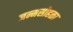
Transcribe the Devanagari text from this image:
जन्मसोहळा